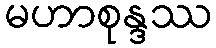
မဟာစုန္ဒဿ